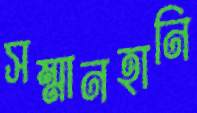
সম্মানহানি